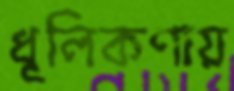
ধূলিকণায়